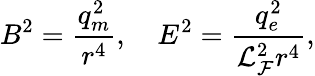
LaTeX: B^{2}=\frac{q_{m}^{2}}{r^{4}},~~~~E^{2}=\frac{q_{e}^{2}}{{\cal L}_{\cal F}^{2}r^{4}},